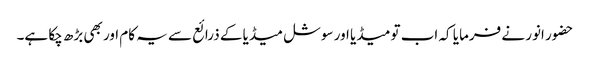
حضور انور نے فرمایا کہ اب تو میڈیا اور سوشل میڈیا کے ذرائع سے یہ کام اور بھی بڑھ چکا ہے۔